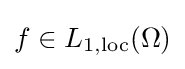
f\in L_{1,\mathrm {loc} }(\Omega )